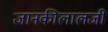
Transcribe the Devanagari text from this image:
जानकीलालजी